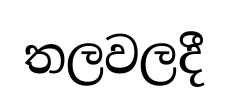
තලවලදී